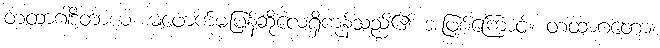
တထာဂါဒိတာယ၊ မဖောက်မပြန်ဆိုလေ့ရှိကုန်သည်၏ အဖြစ်ကြောင့်။ တထာဂတော၊